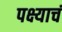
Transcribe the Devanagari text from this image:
पक्ष्याचं